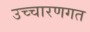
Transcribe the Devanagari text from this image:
उच्‍चारणगत